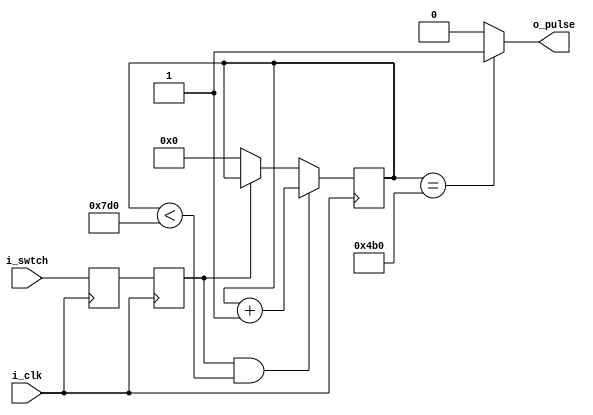
//Module   :  Debounce Logic
//Function :  Validate the input switch pressing.
//            Minimum duration of pressing : 0.4s

module debounce(
input    i_clk,
input    i_swtch,
output   o_pulse
);

reg switch_sync1, switch_sync2;

always @(posedge i_clk)                      //synchronise the switch with system clock
begin 
    switch_sync1   <=  i_swtch;
    switch_sync2   <=  switch_sync1;
end	 

reg [10:0] counter;                              //Counter to validate switch pressing

always @(posedge i_clk)
begin
	 
	 if(switch_sync2 & counter < 2000)        //If the switch is pressed, increment counter. To prevent counter overflow, limit
	     counter <= counter + 1'b1;      			//the counter to 38 ms.
	 else if(~switch_sync2)                   //When switch is released, reset the counter
        counter <= 0;	 
end

assign o_pulse = (counter == 1200) ? 1'b1 : 1'b0;    //When counter reaches 25ms, generate a pulse.


endmodule